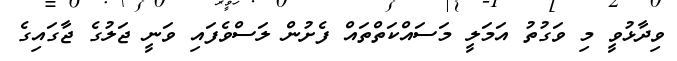
ވިދާޅުވީ މި ވަގުތު އަމަލީ މަސައްކަތްތައް ފެށުން ލަސްވެފައި ވަނީ ޖަލުގެ ޖާގައިގެ